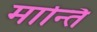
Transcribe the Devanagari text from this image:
मान्ति